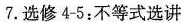
7.选修4—5：不等式选讲